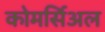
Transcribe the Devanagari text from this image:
कोमर्सिअल